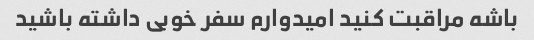
باشه مراقبت کنید امیدوارم سفر خوبی داشته باشید